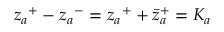
{ z _ { a } } ^ { + } - { z _ { a } } ^ { - } = { z _ { a } } ^ { + } + { { { \bar { z } } _ { a } } } ^ { + } = K _ { a }